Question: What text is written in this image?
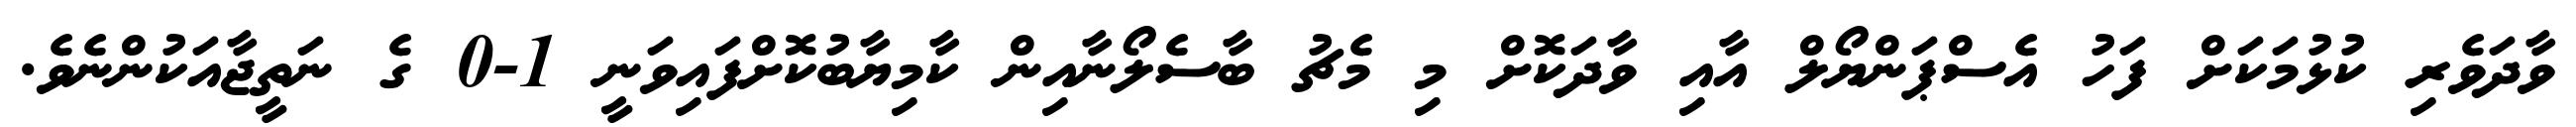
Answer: ވާދަވެރި ކުޅުމަކަށް ފަހު އެސްޕަންޔޯލް އާއި ވާދަކޮށް މި މެޗު ބާސެލޯނާއިން ކާމިޔާބުކޮށްފައިވަނީ 1-0 ގެ ނަތީޖާއަކުންނެވެ.